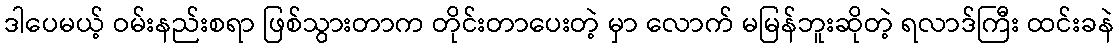
ဒါပေမယ့် ဝမ်းနည်းစရာ ဖြစ်သွားတာက တိုင်းတာပေးတဲ့ မှာ လောက် မမြန်ဘူးဆိုတဲ့ ရလာဒ်ကြီး ထင်းခနဲ